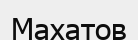
Махатов